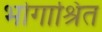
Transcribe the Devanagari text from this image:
भोगाश्रित